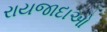
રાયજાદાઓ